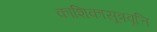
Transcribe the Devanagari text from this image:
काशिकासूत्रवृत्ति